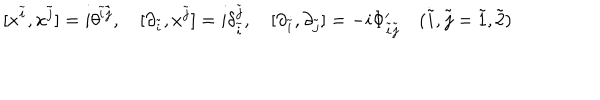
[ x ^ { \tilde { i } } , x ^ { \tilde { j } } ] = i \theta ^ { \ \! \! \tilde { i } \tilde { j } } , \quad [ \partial _ { \tilde { i } } , x ^ { \tilde { j } } ] = i \delta _ { \tilde { i } } ^ { \tilde { j } } , \quad [ \partial _ { \tilde { i } } , \partial _ { \tilde { j } } ] = - i \Phi _ { \tilde { i } \tilde { j } } ^ { \prime } \quad ( \tilde { i } , \tilde { j } = \tilde { 1 } , \tilde { 2 } )